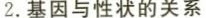
2.基因与性状的关系